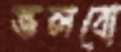
ভলবো